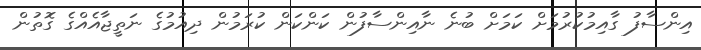
އިންސާފު ގާއިމުކުރުމަށް ކަމަށް ބުނެ ނާއިންސާފުން ކަންކަން ކުރަމުން ދިއުމުގެ ނަތީޖާއެއްގެ ގޮތުން